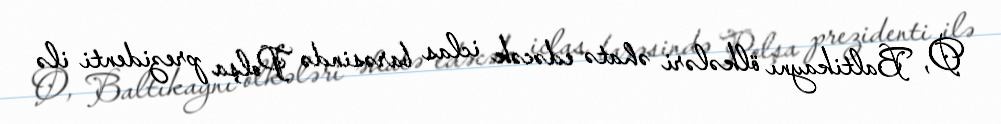
O, Baltikaynı ölkələri əhatə edəcək iclas barəsində Polşa prezidenti ilə